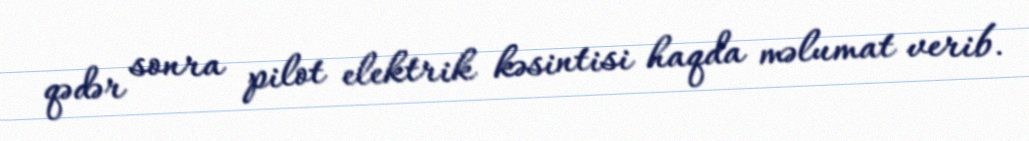
qədər sonra pilot elektrik kəsintisi haqda məlumat verib.